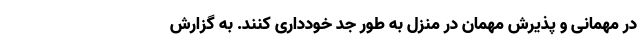
در مهمانی و پذیرش مهمان در منزل به طور جد خودداری کنند. به گزارش